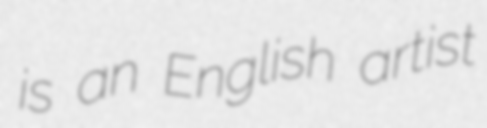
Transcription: is an English artist